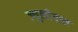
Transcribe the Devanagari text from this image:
ज्युलीयास